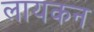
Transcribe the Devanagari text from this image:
लायकन